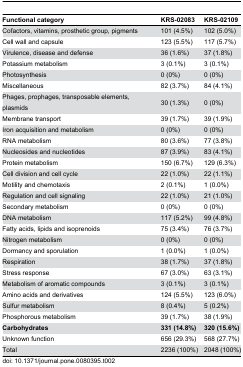
<table><thead><tr><td><b>Functional category</b></td><td><b>KRS-02083</b></td><td><b>KRS-02109</b></td></tr></thead><tbody><tr><td>Cofactors, vitamins, prosthetic group, pigments</td><td>101 (4.5%)</td><td>102 (5.0%)</td></tr><tr><td>Cell wall and capsule</td><td>123 (5.5%)</td><td>117 (5.7%)</td></tr><tr><td>Virulence, disease and defense</td><td>36 (1.6%)</td><td>37 (1.8%)</td></tr><tr><td>Potassium metabolism</td><td>3 (0.1%)</td><td>3 (0.1%)</td></tr><tr><td>Photosynthesis</td><td>0 (0%)</td><td>0 (0%)</td></tr><tr><td>Miscellaneous</td><td>82 (3.7%)</td><td>84 (4.1%)</td></tr><tr><td>Phages, prophages, transposable elements, plasmids</td><td>30 (1.3%)</td><td>0 (0%)</td></tr><tr><td>Membrane transport</td><td>39 (1.7%)</td><td>39 (1.9%)</td></tr><tr><td>Iron acquisition and metabolism</td><td>0 (0%)</td><td>0 (0%)</td></tr><tr><td>RNA metabolism</td><td>80 (3.6%)</td><td>77 (3.8%)</td></tr><tr><td>Nucleosides and nucleotides</td><td>87 (3.9%)</td><td>83 (4.1%)</td></tr><tr><td>Protein metabolism</td><td>150 (6.7%)</td><td>129 (6.3%)</td></tr><tr><td>Cell division and cell cycle</td><td>22 (1.0%)</td><td>22 (1.1%)</td></tr><tr><td>Motility and chemotaxis</td><td>2 (0.1%)</td><td>1 (0.0%)</td></tr><tr><td>Regulation and cell signaling</td><td>22 (1.0%)</td><td>21 (1.0%)</td></tr><tr><td>Secondary metabolism</td><td>0 (0%)</td><td>0 (0%)</td></tr><tr><td>DNA metabolism</td><td>117 (5.2%)</td><td>99 (4.8%)</td></tr><tr><td>Fatty acids, lipids and isoprenoids</td><td>75 (3.4%)</td><td>76 (3.7%)</td></tr><tr><td>Nitrogen metabolism</td><td>0 (0%)</td><td>0 (0%)</td></tr><tr><td>Dormancy and sporulation</td><td>1 (0.0%)</td><td>1 (0.0%)</td></tr><tr><td>Respiration</td><td>38 (1.7%)</td><td>37 (1.8%)</td></tr><tr><td>Stress response</td><td>67 (3.0%)</td><td>63 (3.1%)</td></tr><tr><td>Metabolism of aromatic compounds</td><td>3 (0.1%)</td><td>3 (0.1%)</td></tr><tr><td>Amino acids and derivatives</td><td>124 (5.5%)</td><td>123 (6.0%)</td></tr><tr><td>Sulfur metabolism</td><td>8 (0.4%)</td><td>5 (0.2%)</td></tr><tr><td>Phosphorous metabolism</td><td>39 (1.7%)</td><td>38 (1.9%)</td></tr><tr><td><b>Carbohydrates</b></td><td><b>331 (14.8%)</b></td><td><b>320 (15.6%)</b></td></tr><tr><td>Unknown function</td><td>656 (29.3%)</td><td>568 (27.7%)</td></tr><tr><td>Total</td><td>2236 (100%)</td><td>2048 (100%)</td></tr></tbody></table>